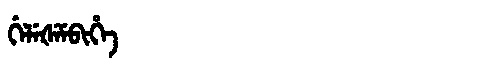
Manchu: ᡤᡝᠯᡝᡧᡝᠮᠪᡳᡥᡝ
Romanization: GELEŠEMBIHE